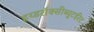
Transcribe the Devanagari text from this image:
हय्डरॉक्सीब्युटईरेट